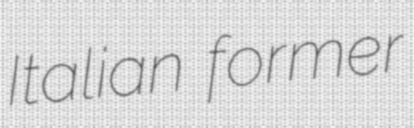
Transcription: Italian former